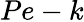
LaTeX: Pe-k